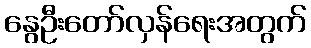
နွေဦးတော်လှန်ရေးအတွက်